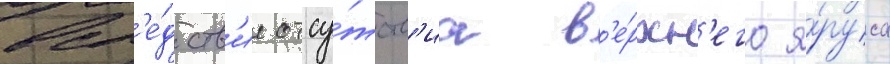
всл'е́дств'ие отсу́тств'иа в'е́рхн'его я́руса